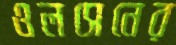
ওলসেনের